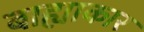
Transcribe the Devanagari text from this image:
बाह्याकार